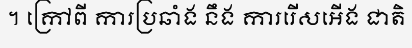
។ ក្រៅពី ការប្រឆាំង នឹង ការរើសអើង ជាតិ